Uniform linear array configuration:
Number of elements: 48
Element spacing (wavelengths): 0.75
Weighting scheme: kaiser
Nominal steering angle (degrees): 60
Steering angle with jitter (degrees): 60.535
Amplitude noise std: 0.05
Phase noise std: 0.05

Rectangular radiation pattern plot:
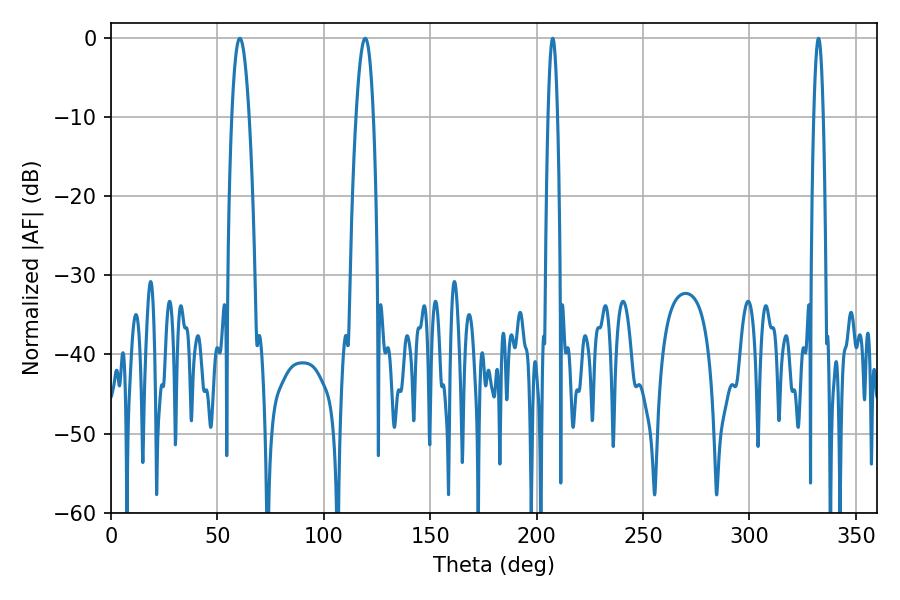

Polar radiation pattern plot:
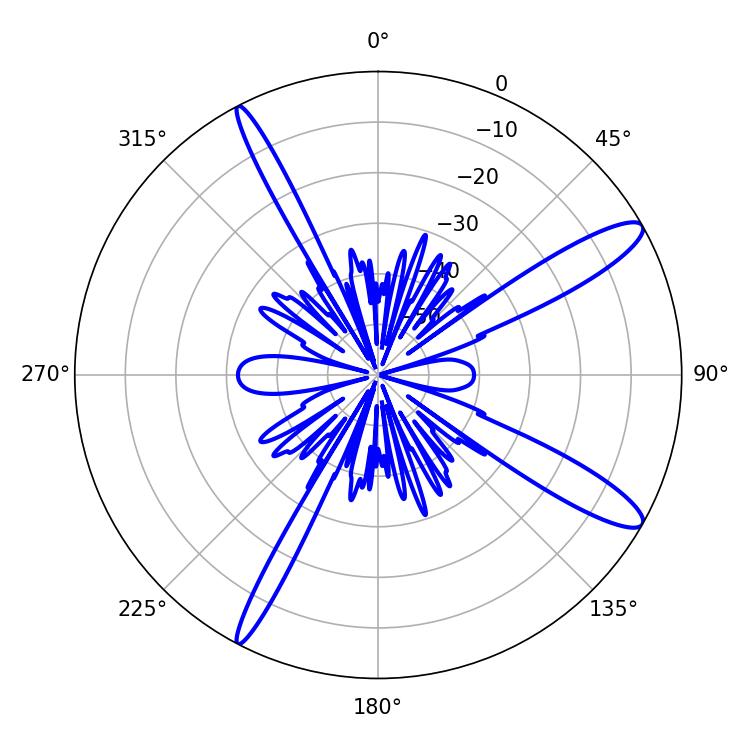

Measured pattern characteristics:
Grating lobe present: TRUE
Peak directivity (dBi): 12.821
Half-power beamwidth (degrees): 2.52
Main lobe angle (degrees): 207.54